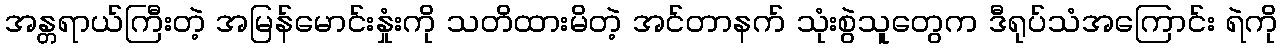
အန္တရာယ်ကြီးတဲ့ အမြန်မောင်းနှုံးကို သတိထားမိတဲ့ အင်တာနက် သုံးစွဲသူတွေက ဒီရုပ်သံအကြောင်း ရဲကို